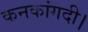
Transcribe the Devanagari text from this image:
कनकांगदी।